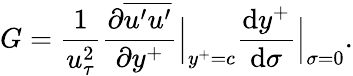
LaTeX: G=\frac{1}{u_{\tau}^{2}}\frac{\partial\overline{{u^{\prime}u^{\prime}}}}{\partial y^{+}}\Big|_{y^{+}=c}\frac{\mathrm{d}y^{+}}{\mathrm{d}\sigma}\Big|_{\sigma=0}.